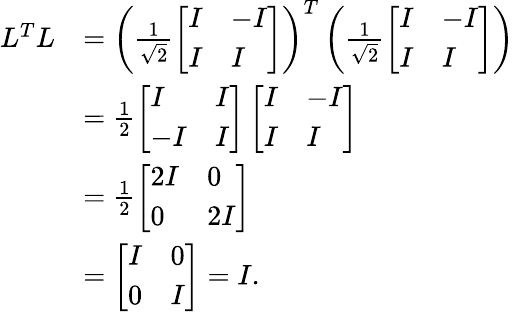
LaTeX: \begin{array}{rl}{L^{T}L}&{=\left(\frac{1}{\sqrt{2}}\left[\begin{array}{ll}{I}&{-I}\\ {I}&{I}\end{array}\right]\right)^{T}\left(\frac{1}{\sqrt{2}}\left[\begin{array}{ll}{I}&{-I}\\ {I}&{I}\end{array}\right]\right)}\\ &{=\frac{1}{2}\left[\begin{array}{ll}{I}&{I}\\ {-I}&{I}\end{array}\right]\left[\begin{array}{ll}{I}&{-I}\\ {I}&{I}\end{array}\right]}\\ &{=\frac{1}{2}\left[\begin{array}{ll}{2I}&{0}\\ {0}&{2I}\end{array}\right]}\\ &{=\left[\begin{array}{ll}{I}&{0}\\ {0}&{I}\end{array}\right]=I.}\end{array}